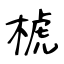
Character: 椃